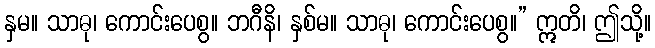
နှမ။ သာဓု၊ ကောင်းပေစွ။ ဘဂီနိ၊ နှစ်မ။ သာဓု၊ ကောင်းပေစွ။” ဣတိ၊ ဤသို့။